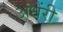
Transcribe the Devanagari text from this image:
अंधेंरी